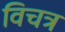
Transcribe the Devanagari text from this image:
विचत्र